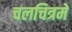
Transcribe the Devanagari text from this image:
चलचित्रमे